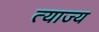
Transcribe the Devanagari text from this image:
त्‍याज्‍य